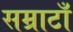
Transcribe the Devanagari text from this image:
सम्राटाँ